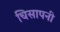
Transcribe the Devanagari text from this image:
चिसापनी